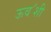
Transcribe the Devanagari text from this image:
ऊव॔शी